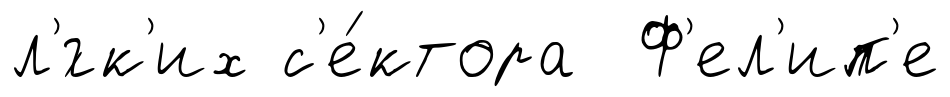
л'́гк'их с'е́ктора Ф'ел'ип'е